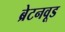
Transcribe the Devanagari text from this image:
ब्रेटनवूड